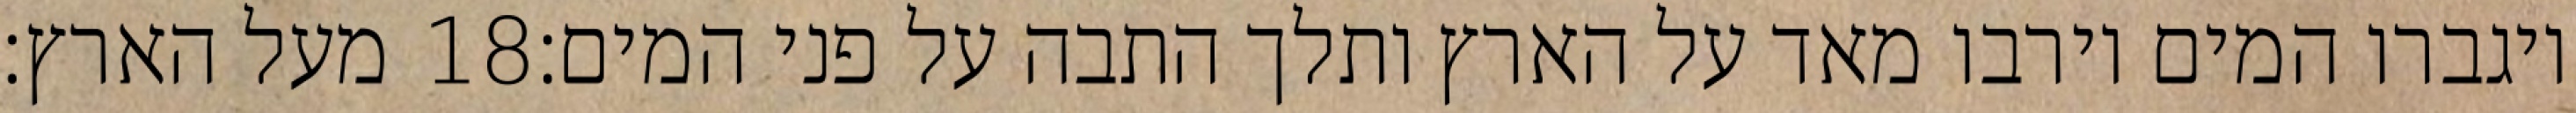
מעל הארץ׃ ‎18‏ ויגברו המים וירבו מאד על הארץ ותלך התבה על פני המים׃